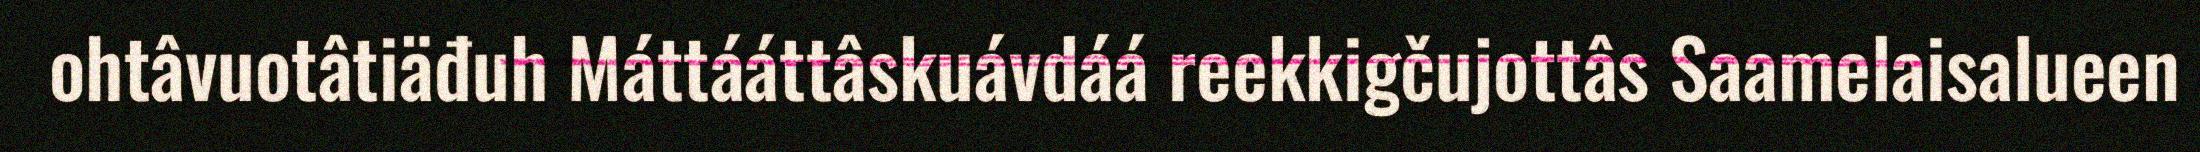
ohtâvuotâtiäđuh Máttááttâskuávdáá reekkigčujottâs Saamelaisalueen